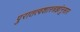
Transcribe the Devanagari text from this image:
पुरातत्वशास्त्रज्ञांनुसार